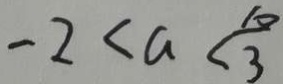
- 2 < a < \frac { 1 0 } { 3 }